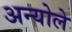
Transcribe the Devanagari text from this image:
अन्योले